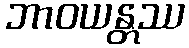
ဘာဝယန္တဿ